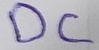
Text: Dc